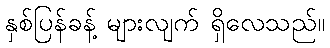
နှစ်ပြန်ခန့် များလျက် ရှိလေသည်။